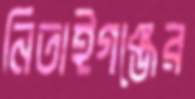
নিতাইগঞ্জের